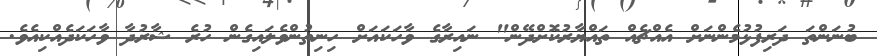
ބުނަންތަ ދަރިފުޅުމެންނަށް އެއްޗެއް ތައްޔާރުކޮށްދޭން" ނައިރާގެ ވާހަކައަށް ހިނިތުންވެލައިގެން ހުރެ ޝާރުދާ ވާހަކަދެއްކިއެވެ.